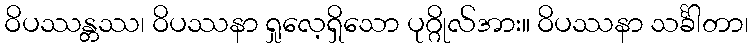
ဝိပဿန္တဿ၊ ဝိပဿနာ ရှုလေ့ရှိသော ပုဂ္ဂိုလ်အား။ ဝိပဿနာ သင်္ခါတာ၊